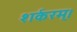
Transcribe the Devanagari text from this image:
शर्करम्।